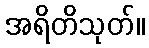
အရိတိသုတ်။